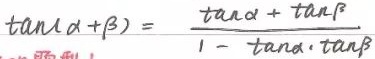
\[
\tan(\alpha+\beta)=\frac{\tan\alpha+\tan\beta}{1 - \tan\alpha\cdot\tan\beta}
\]